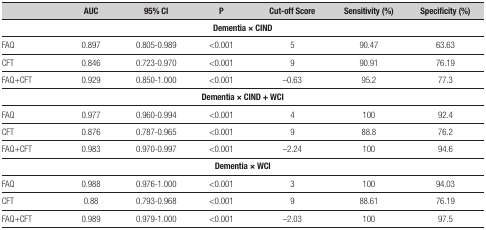
<table><thead><tr><td><b> </b></td><td><b>AUC</b></td><td><b>95% CI</b></td><td><b>P</b></td><td><b>Cut-off Score</b></td><td><b>Sensitivity (%)</b></td><td><b>Specificity (%)</b></td></tr></thead><tbody><tr><td colspan="7"><b>Dementia × CIND</b></td></tr><tr><td>FAQ</td><td>0.897</td><td>0.805-0.989</td><td>&lt;0.001</td><td>5</td><td>90.47</td><td>63.63</td></tr><tr><td>CFT</td><td>0.846</td><td>0.723-0.970</td><td>&lt;0.001</td><td>9</td><td>90.91</td><td>76.19</td></tr><tr><td>FAQ+CFT</td><td>0.929</td><td>0.850-1.000</td><td>&lt;0.001</td><td>-0.63</td><td>95.2</td><td>77.3</td></tr><tr><td colspan="7"><b>Dementia × CIND +WCI</b></td></tr><tr><td>FAQ</td><td>0.977</td><td>0.960-0.994</td><td>&lt;0.001</td><td>4</td><td>100</td><td>92.4</td></tr><tr><td>CFT</td><td>0.876</td><td>0.787-0.965</td><td>&lt;0.001</td><td>9</td><td>88.8</td><td>76.2</td></tr><tr><td>FAQ+CFT</td><td>0.983</td><td>0.970-0.997</td><td>&lt;0.001</td><td>-2.24</td><td>100</td><td>94.6</td></tr><tr><td colspan="7"><b>Dementia × WCI</b></td></tr><tr><td>FAQ</td><td>0.988</td><td>0.976-1.000</td><td>&lt;0.001</td><td>3</td><td>100</td><td>94.03</td></tr><tr><td>CFT</td><td>0.88</td><td>0.793-0.968</td><td>&lt;0.001</td><td>9</td><td>88.61</td><td>76.19</td></tr><tr><td>FAQ+CFT</td><td>0.989</td><td>0.979-1.000</td><td>&lt;0.001</td><td>-2.03</td><td>100</td><td>97.5</td></tr></tbody></table>